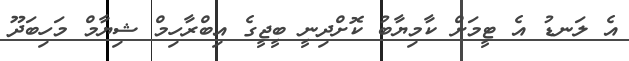
އެ ލަނޑު އެ ޓީމަށް ކާމިޔާބު ކޮށްދިނީ ބީޖީގެ އިބްރާހިމް ޝިޔާމް މަހިބަދޫ